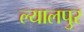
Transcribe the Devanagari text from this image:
ल्यालपुर